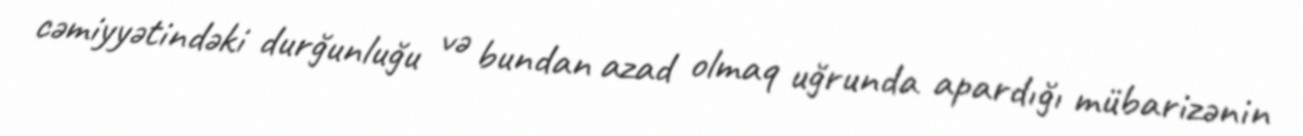
cəmiyyətindəki durğunluğu və bundan azad olmaq uğrunda apardığı mübarizənin